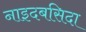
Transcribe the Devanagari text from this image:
नाइदबसिदा